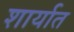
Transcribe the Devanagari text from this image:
शार्यात